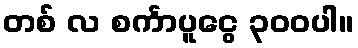
တစ် လ စင်္ကာပူငွေ ၃၀၀ပါ။